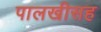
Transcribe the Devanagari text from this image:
पालखीसह